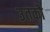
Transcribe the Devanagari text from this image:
उतकौ